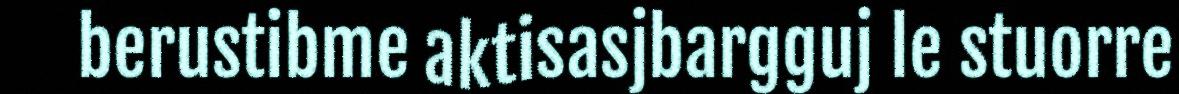
berustibme aktisasjbargguj le stuorre